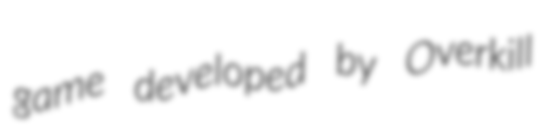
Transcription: game developed by Overkill